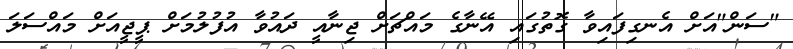
"ސަން"އަށް އެނގިފައިވާ ގޮތުގައި އޭނާގެ މައްޗަށް ޖިނާއީ ދައުވާ އުފުލުމަށް ޕީޖީއަށް މައްސަލަ